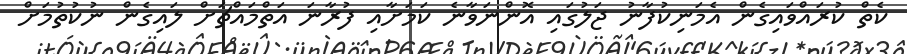
ކެތް ކުރައްވައިގެން އެމަނިކުފާނު ޖަލުގައި އޮންނަވާނެ ކަމަށާއި ފުރާނަ އަތްމައްޗަށް ލައިގެން ނުކުތުމަށް